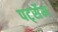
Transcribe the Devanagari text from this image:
पर्ट्सेम